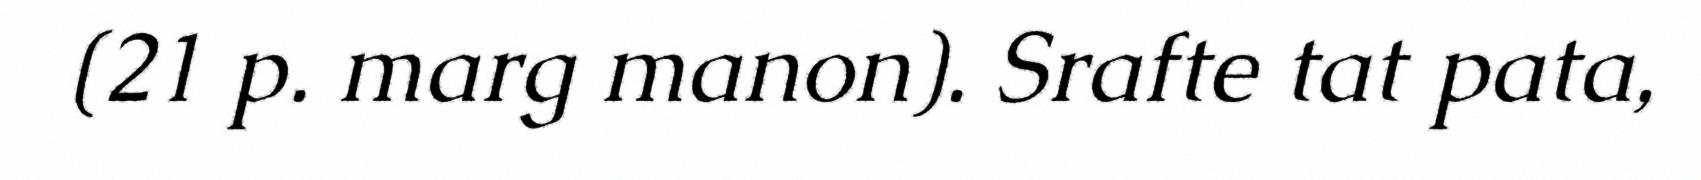
(21 p. marg manon). Srafte tat pata,